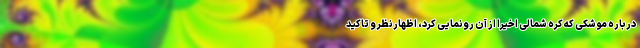
درباره موشکی که کره شمالی اخیرا از آن رونمایی کرد، اظهارنظر و تاکید